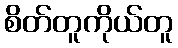
စိတ်တူကိုယ်တူ